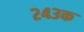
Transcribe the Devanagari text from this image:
२४३क